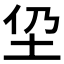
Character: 𱖌